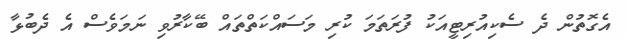
އެގޮތުން ދެ ސެކިއުރިޓީއަކު ފުރަތަމަ ކުރި މަސައްކަތްތައް ބޭކާރުވި ނަމަވެސް އެ ދެބުޅާ